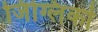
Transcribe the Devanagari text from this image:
जिग्लिको